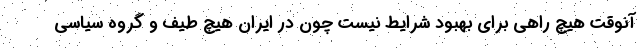
آنوقت هیچ راهی برای بهبود شرایط نیست چون در ایران هیچ طیف و گروه سیاسی